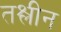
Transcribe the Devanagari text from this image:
तश्लीन